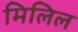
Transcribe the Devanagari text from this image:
मिलिल